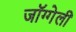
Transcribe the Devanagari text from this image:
जॉग्गेली